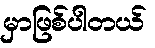
မှာဖြစ်ပါတယ်